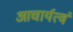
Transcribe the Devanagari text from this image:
आचार्यत्वं